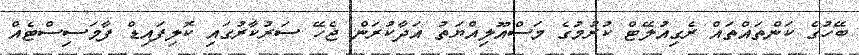
ބޭހުގެ ކަންތައްތައް ރެގިއުލޭޓް ކުރުމުގެ މަސްއޫލިއްޔަތު އަދާކުރަން ޖެހޭ ސަރުކާރުގައި ކޮލިފައިޑް ފާމަސިސްޓެއް